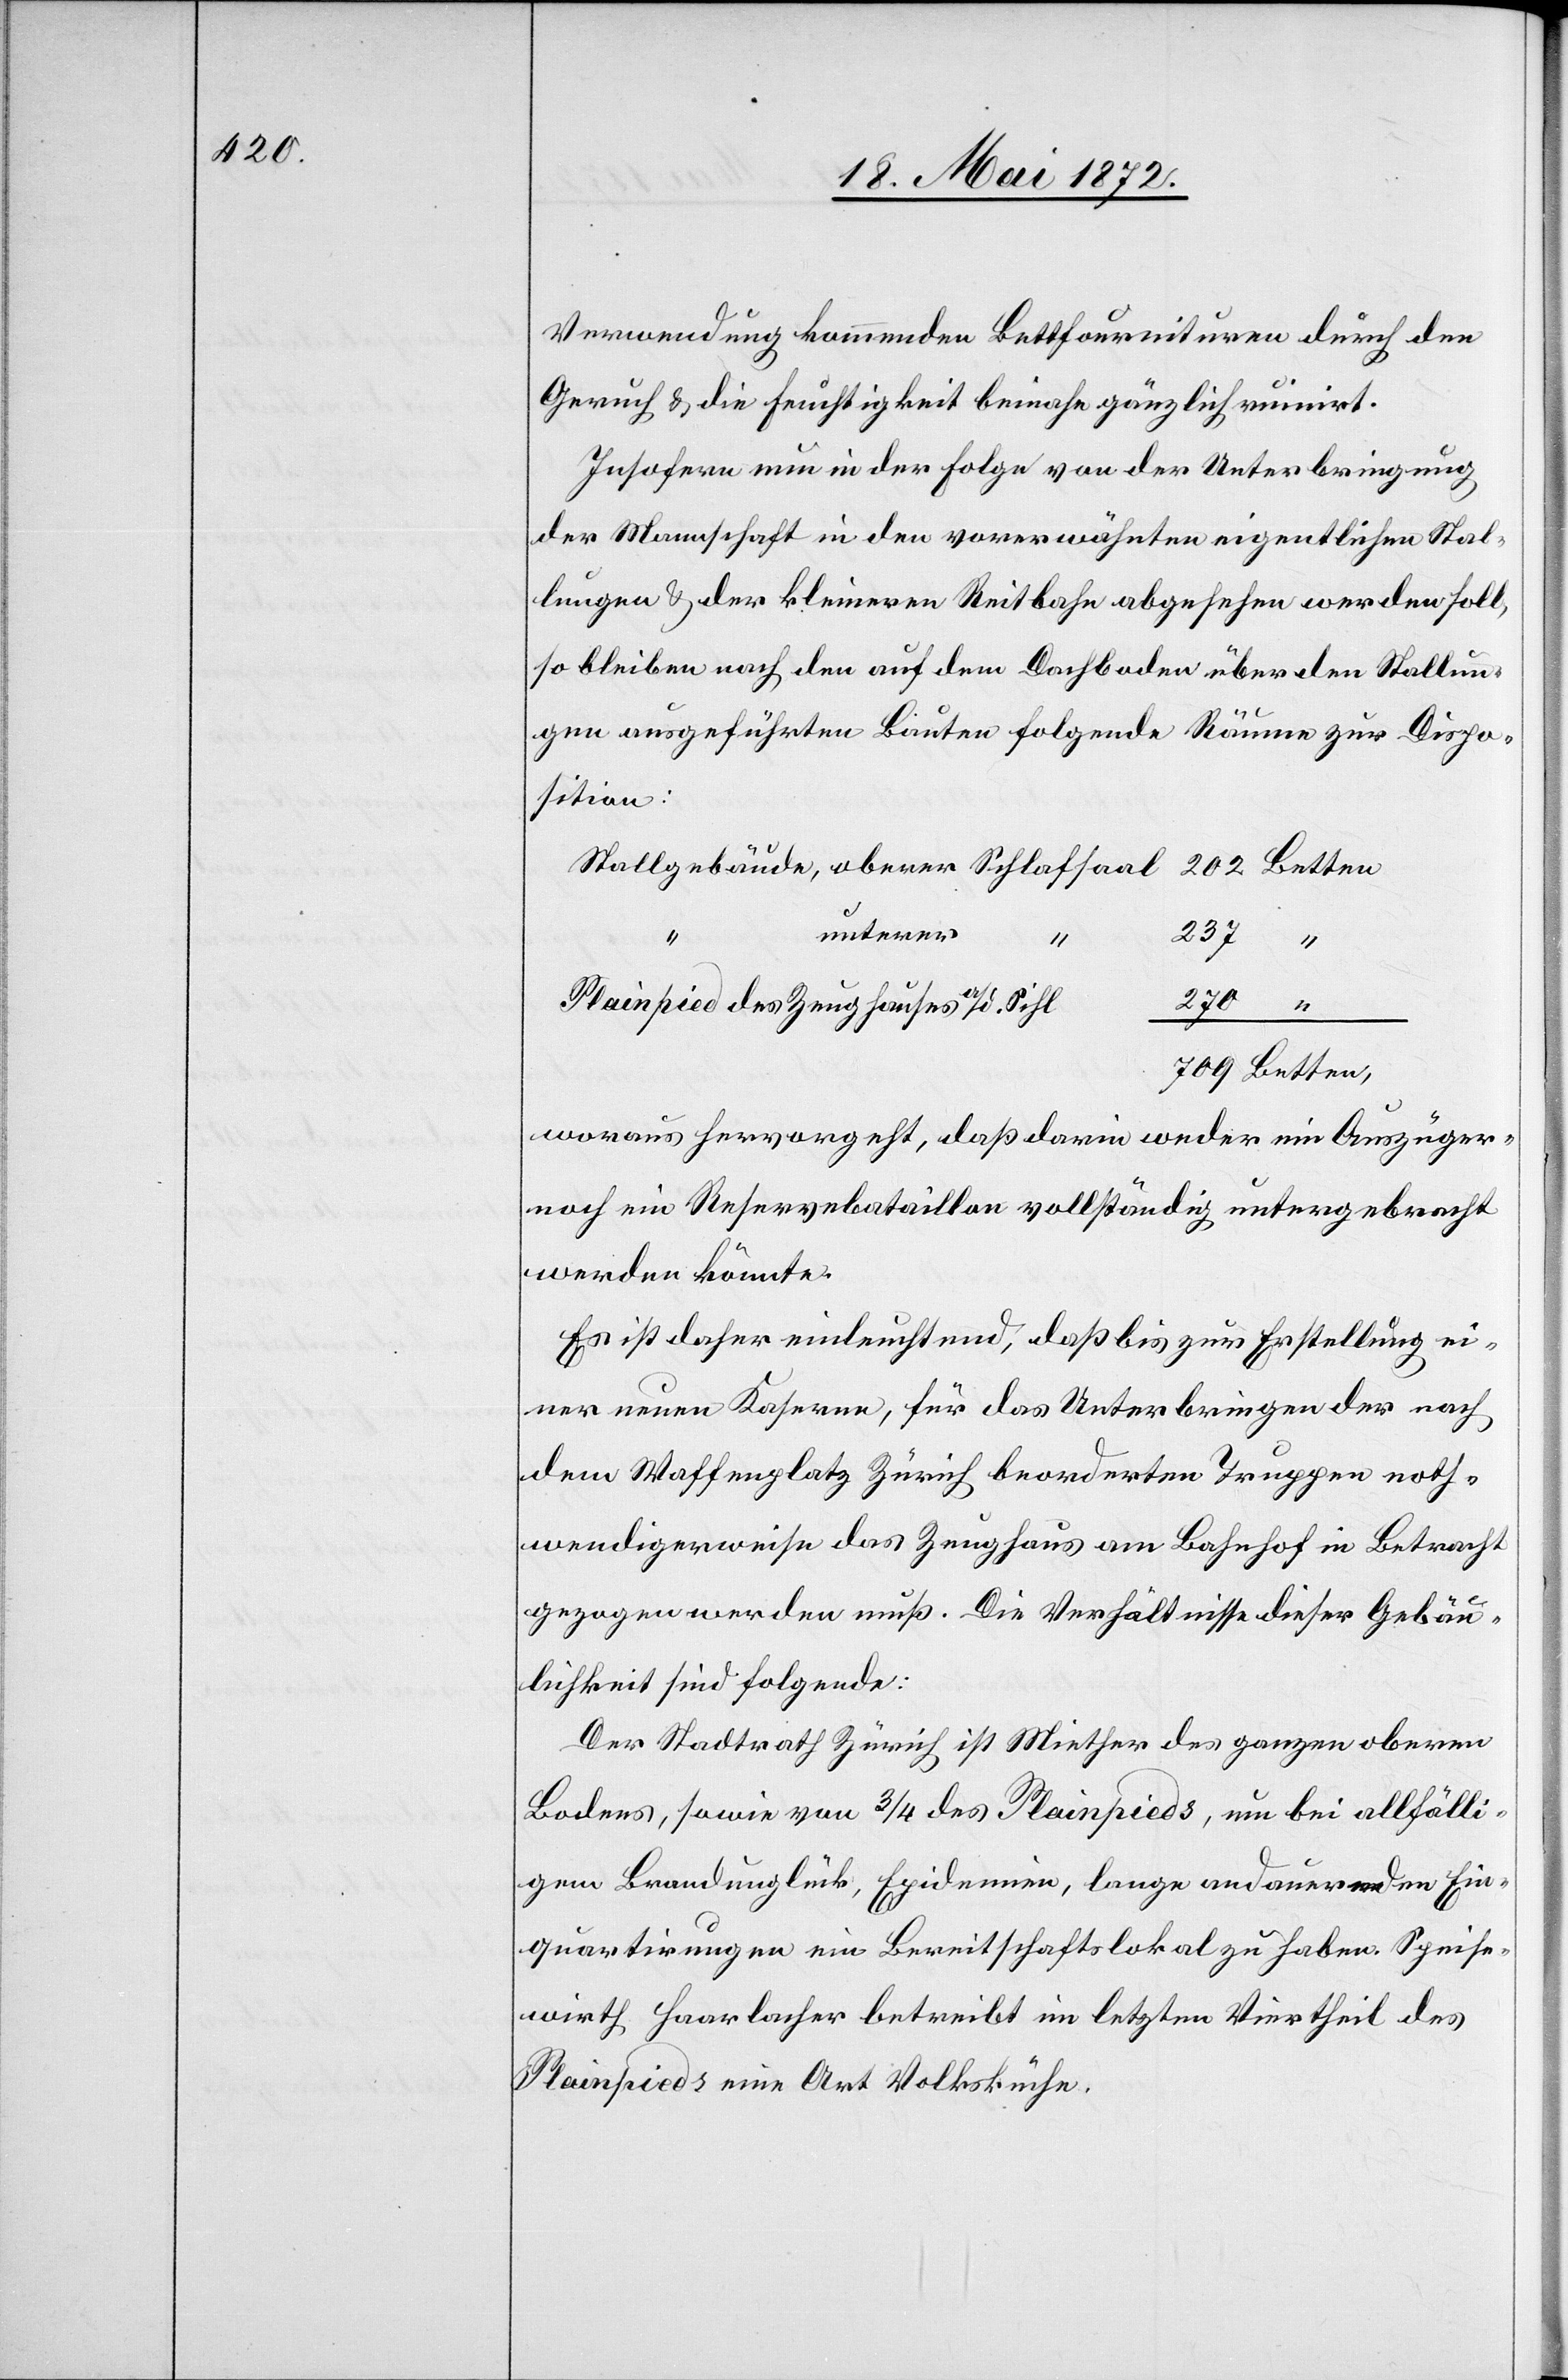
202

Verwendung kommenden Bettfournituren durch den
Geruch u. die Feuchtigkeit beinahe gänzliche ruinirt.
Insofern nun in der Folge von der Unterbringung
der Mannschaft in den vorerwähnten eigentlichen Stal¬
lungen u. der kleineren Reitbahn abgesehen werden soll,
so bleiben nach den auf dem Dachboden über den Stallun¬
gen ausgeführten Bauten folgende Räume zur Dispo¬
sition:
unterer
237
Plainpied des Zeughauses a/d. Sihl
woraus hervorgeht, daß darin weder ein Auszüger-
noch ein Reservebataillon vollständig untergebracht
werden könnte.
Es ist daher einleuchtend, daß bis zur Erstellung ei¬
ner neuen Kaserne, für das Unterbringen der nach
dem Waffenplatz Zürich beorderten Truppen noth¬
wendigerweise das Zeughaus am Bahnhof in Betracht
gezogen werden muß. Die Verhältnisse dieser Gebäu¬
lichkeit sind folgende:
Der Stadtrath Zürich ist Miether des ganzen oberen
Bodens, sowie von 3/4 des Plainpieds, um bei allfälli¬
gem Brandunglück, Epidemien, lange andauernden Ein¬
quartirungen ein Bereitschaftslokal zu haben. Speise¬
wirth Haarlacher betreibt im letzten Viertheil des
Plainpieds eine Art Volksküche.